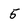
Character: 5